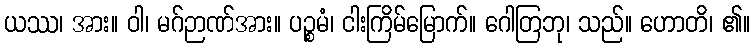
ယဿ၊ အား။ ဝါ၊ မဂ်ဉာဏ်အား။ ပဉ္စမံ၊ ငါးကြိမ်မြောက်။ ဂေါတြဘု၊ သည်။ ဟောတိ၊ ၏။